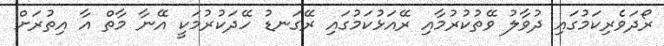
ރޯދަވެރިކަމުގައި ދުވާލު ވޭތުކުރުމާއި ރޭއަޅުކަމުގައި ރޭގަނޑު ހޭދަކުރުމަކީ އޭނާ މާތް އާ އިތުރަށް